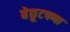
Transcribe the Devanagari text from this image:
बेछूटपणा